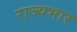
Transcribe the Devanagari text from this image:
राज्‍यभार